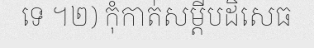
ទេ ។២) កុំកាត់សម្តីបដិសេធ